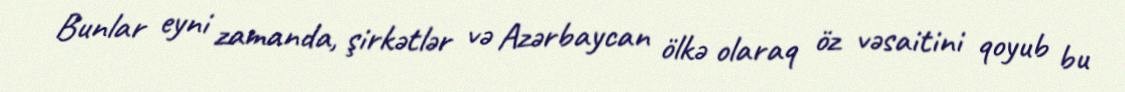
Bunlar eyni zamanda, şirkətlər və Azərbaycan ölkə olaraq öz vəsaitini qoyub bu